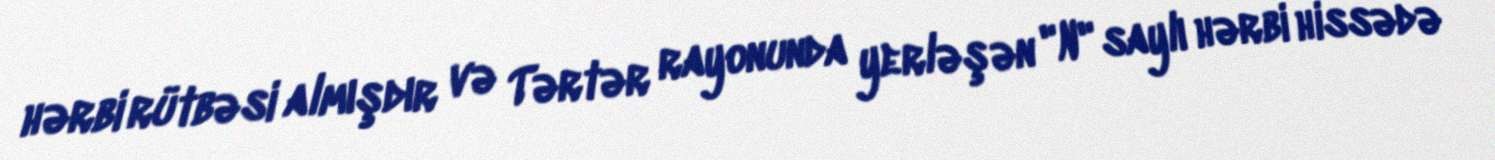
hərbi rütbəsi almışdır və Tərtər rayonunda yerləşən "N" saylı hərbi hissədə